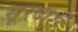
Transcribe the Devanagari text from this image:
सूरदारों